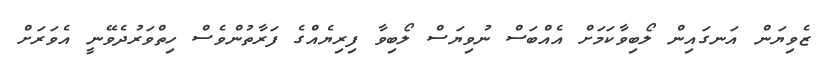
ޒެވިޔަން އަނގައިން ލޯބިވާކަމަށް އެއްބަސް ނުވިޔަސް ލޯބިވާ ފިރިޔެއްގެ ފަރާތުންވެސް ހިތްވަރުދެވޭނީ އެވަރަށް